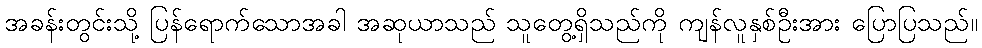
အခန်းတွင်းသို့ ပြန်ရောက်သောအခါ အဆုယာသည် သူတွေ့ရှိသည်ကို ကျန်လူနှစ်ဦးအား ပြောပြသည်။